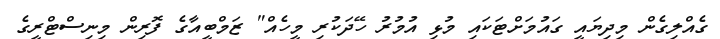
ގެއްލިގެން މިދިޔައީ ގައުމަށްޓަކައި މުޅި އުމުރު ހޭދަކުރި މީހެއް" ޒަމްބީއާގެ ފޮރިން މިނިސްޓްރީގެ